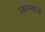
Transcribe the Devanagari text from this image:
जरम्वाड़